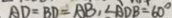
A D = B D = A B , \angle A D B = 6 0 ^ { \circ }